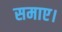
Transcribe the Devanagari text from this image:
समाए।